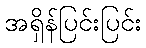
အရှိန်ပြင်းပြင်း